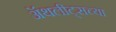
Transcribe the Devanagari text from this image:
ॲथलीट्सच्या